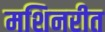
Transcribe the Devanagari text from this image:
मशिनरीत